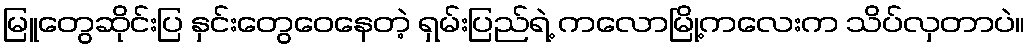
မြူတွေဆိုင်းပြ နှင်းတွေဝေနေတဲ့ ရှမ်းပြည်ရဲ့ ကလောမြို့ကလေးက သိပ်လှတာပဲ။